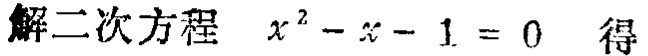
解二次方程 \(x^{2}-x - 1 = 0\) 得